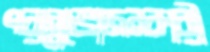
পরান্নভোজনকারী